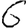
Digit: 6